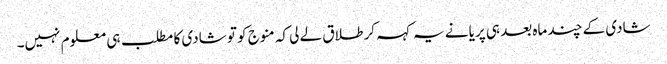
شادی کے چند ماہ بعد ہی پریا نے یہ کہہ کر طلاق لے لی کہ منوج کو تو شادی کا مطلب ہی معلوم نہیں۔